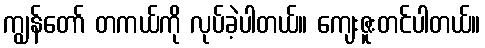
ကျွန်တော် တကယ်ကို လုပ်ခဲ့ပါတယ်။ ကျေးဇူးတင်ပါတယ်။